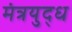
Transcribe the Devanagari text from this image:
मंत्रयुद्ध